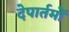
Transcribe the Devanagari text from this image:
देपार्तमों